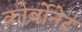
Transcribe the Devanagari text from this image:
कोर्बोनेट